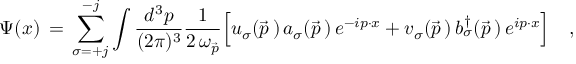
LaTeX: \Psi ( x ) \, = \, \sum _ { \sigma = + j } ^ { - j } \int { \frac { d ^ { 3 } p } { ( 2 \pi ) ^ { 3 } } } { \frac { 1 } { 2 \, \omega _ { \vec { p } } } } \Big [ u _ { \sigma } ( \vec { p } \, ) \, a _ { \sigma } ( \vec { p } \, ) \, e ^ { - i p \cdot x } + v _ { \sigma } ( \vec { p } \, ) \, b _ { \sigma } ^ { \dagger } ( \vec { p } \, ) \, e ^ { i p \cdot x } \Bigr ] \quad ,